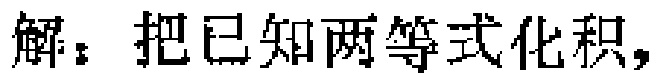
解：把已知两等式化积，